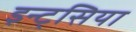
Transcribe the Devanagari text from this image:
इन्ट्सिया